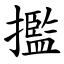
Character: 㩜